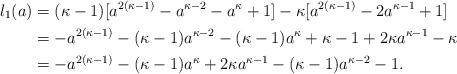
LaTeX: \begin{align*}l_1(a)&=(\kappa-1)[a^{2(\kappa-1)}-a^{\kappa-2}-a^\kappa+1]-\kappa[a^{2(\kappa-1)}-2a^{\kappa-1}+1]\\&=-a^{2(\kappa-1)}-(\kappa-1)a^{\kappa-2}-(\kappa-1)a^\kappa+\kappa-1+2\kappa a^{\kappa-1}-\kappa\\&=-a^{2(\kappa-1)}-(\kappa-1)a^{\kappa}+2\kappa a^{\kappa-1}-(\kappa-1)a^{\kappa-2}-1.\end{align*}